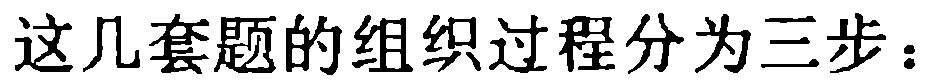
这几套题的组织过程分为三步：